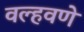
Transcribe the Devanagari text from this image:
वल्हवणे